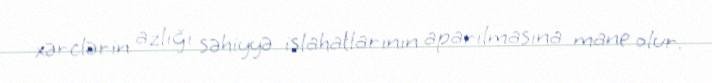
xərclərin azlığı səhiyyə islahatlarının aparılmasına mane olur.